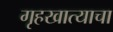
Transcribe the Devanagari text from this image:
गृहखात्याचा